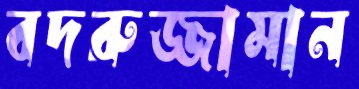
বদরুজ্জামান